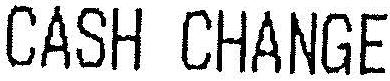
CASH CHANGE